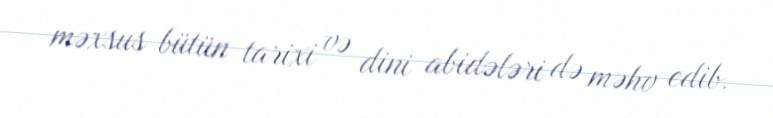
məxsus bütün tarixi və dini abidələri də məhv edib.